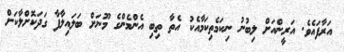
އަރާފައެވެ. އަރީންއަށް ލިބުނު ނިކަމެތިކަމާއެކު އެތާ ތިބި އެންމެންގެ މޫނަށް ބަލައިލާފާ ގަދަކޮށްލާކަށް